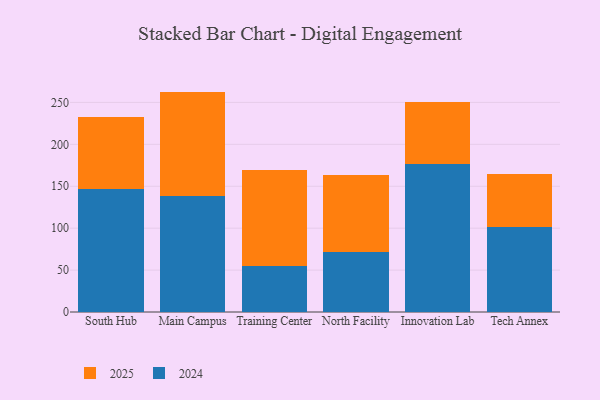
{"axis": {"x": "Campus", "y": "Customer Acquisition Cost (USD)"}, "legend": ["2024", "2025"], "data": [{"x": "South Hub", "y": 146.6, "type": "2024"}, {"x": "South Hub", "y": 86.4, "type": "2025"}, {"x": "Main Campus", "y": 138.4, "type": "2024"}, {"x": "Main Campus", "y": 124.5, "type": "2025"}, {"x": "Training Center", "y": 54.3, "type": "2024"}, {"x": "Training Center", "y": 115.4, "type": "2025"}, {"x": "North Facility", "y": 72.1, "type": "2024"}, {"x": "North Facility", "y": 91.5, "type": "2025"}, {"x": "Innovation Lab", "y": 176.0, "type": "2024"}, {"x": "Innovation Lab", "y": 74.2, "type": "2025"}, {"x": "Tech Annex", "y": 101.7, "type": "2024"}, {"x": "Tech Annex", "y": 62.8, "type": "2025"}]}